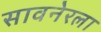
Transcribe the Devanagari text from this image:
सावनेरला